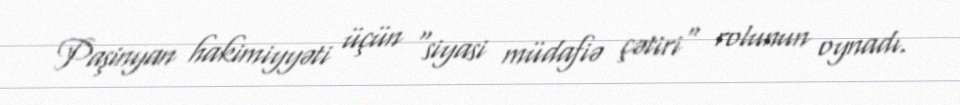
Paşinyan hakimiyyəti üçün "siyasi müdafiə çətiri" rolunun oynadı.